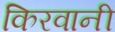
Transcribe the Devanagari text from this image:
किरवानी